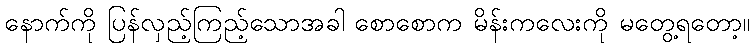
နောက်ကို ပြန်လှည့်ကြည့်သောအခါ စောစောက မိန်းကလေးကို မတွေ့ရတော့။